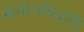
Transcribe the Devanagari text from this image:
खगोलविदांनी